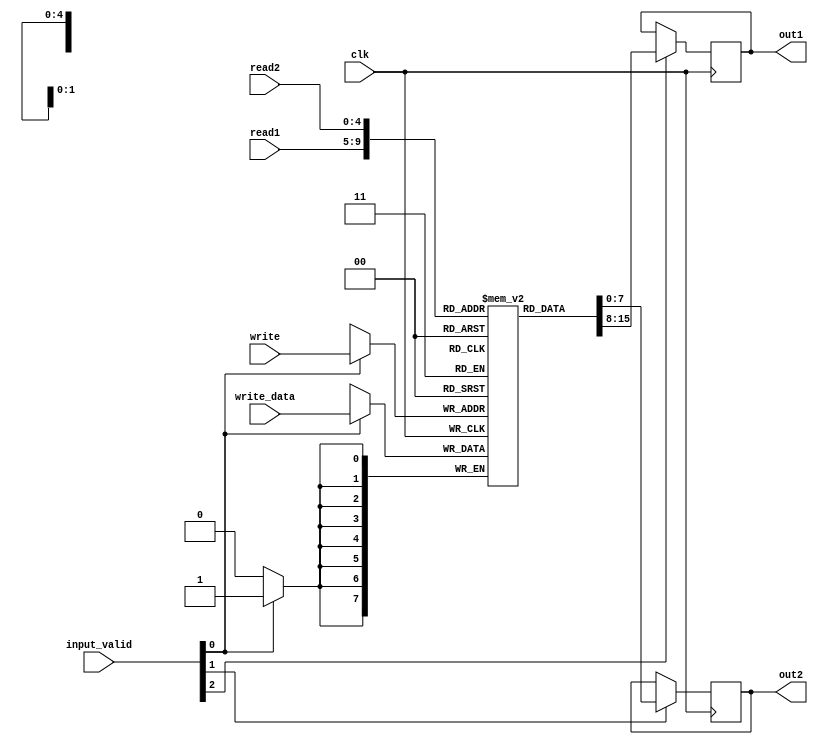
module reg_file(clk, read1, read2, write, write_data, input_valid, out1, out2);

    // Inputs
    input clk;
    input [4:0] read1;
    input [4:0] read2;
    input [4:0] write;
    input [7:0] write_data;
    input [2:0] input_valid;

    // Outputs
    output reg [7:0] out1;
    output reg [7:0] out2;

    // Declaration of memory 
    reg [7:0] mem[31:0];

    // Initialising of memory
    initial begin
        mem[0] = 0;
        mem[1] = 0;
        mem[2] = 0;
        mem[3] = 0;
        mem[4] = 0;
        mem[5] = 0;
        mem[6] = 0;
        mem[7] = 0;
        mem[8] = 0;
        mem[9] = 0;
        mem[10] = 0;
        mem[11] = 0;
        mem[12] = 0;
        mem[13] = 0;
        mem[14] = 0;
        mem[15] = 0;
        mem[16] = 0;
        mem[17] = 0;
        mem[18] = 0;
        mem[19] = 0;
        mem[20] = 0;
        mem[21] = 0;
        mem[22] = 0;
        mem[23] = 0;
        mem[24] = 0;
        mem[25] = 0;
        mem[26] = 0;
        mem[27] = 0;
        mem[28] = 0;
        mem[29] = 0;
        mem[30] = 0;
        mem[31] = 0;
    end

    always @(negedge clk) begin
        if (input_valid[2] == 1) begin
            out1 = mem[read1];
        end
    end

    always @(negedge clk) begin
        if (input_valid[1] == 1) begin
            out2 = mem[read2];
        end
    end

    always @(negedge clk) begin
        if (input_valid[0] == 1) begin
            mem[write] = write_data;
        end
    end

endmodule